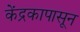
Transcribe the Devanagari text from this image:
केंद्रकापासून